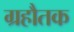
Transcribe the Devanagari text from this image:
ग्रहौतक